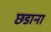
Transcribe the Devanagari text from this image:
छडाना